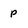
Character: p